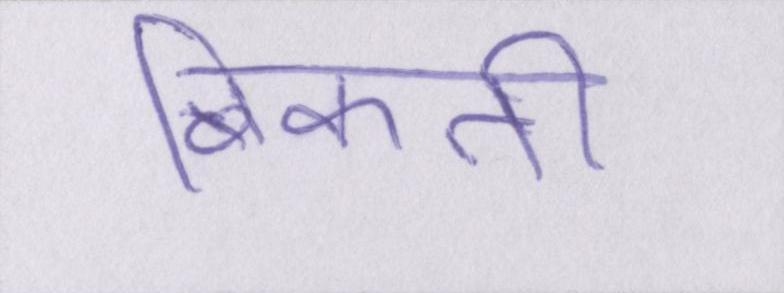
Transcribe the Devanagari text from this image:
बिकती